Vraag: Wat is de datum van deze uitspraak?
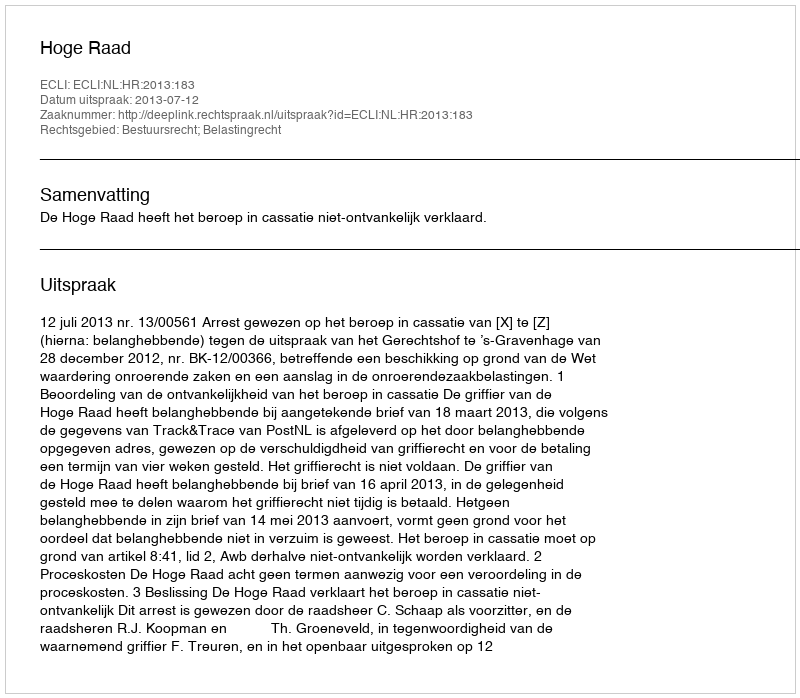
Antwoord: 2013-07-12